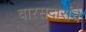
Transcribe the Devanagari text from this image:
वारसदारांचे